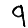
Digit: 9